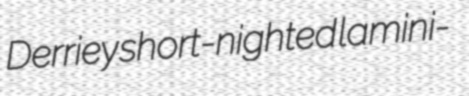
Derriey short-nighted lamini-